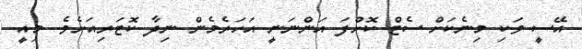
އޭސީ ވަކި މިނެކަށް ސެޓް ކޮށްފަ އަންނަނީ އަހަރެމެން ނިދާ ކޮޓަރިއަށެވެ. މިއީ